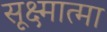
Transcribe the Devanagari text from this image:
सूक्ष्मात्मा